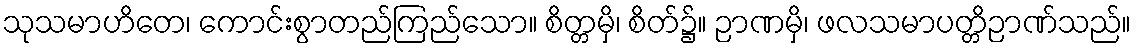
သုသမာဟိတေ၊ ကောင်းစွာတည်ကြည်သော။ စိတ္တမှိ၊ စိတ်၌။ ဉာဏမှိ၊ ဖလသမာပတ္တိဉာဏ်သည်။